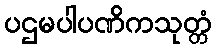
ပဌမပါပဏိကသုတ္တံ